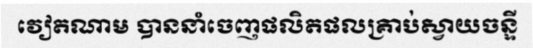
វៀតណាម បាននាំចេញផលិតផលគ្រាប់ស្វាយចន្ទី